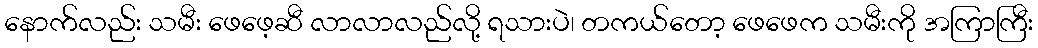
နောက်လည်း သမီး ဖေဖေ့ဆီ လာလာလည်လို့ ရသားပဲ၊ တကယ်တော့ ဖေဖေက သမီးကို အကြာကြီး